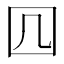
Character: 𭍚